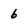
Character: 6